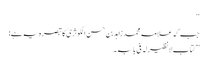
‘‘
جب کہ علامہ محمد زاہد بن حسن الکوثریؒ کا تبصرہ یہ ہے:
’’کتاب لانظیرلہ فی بابہ۔